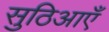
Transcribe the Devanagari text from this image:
सुठिआएँ